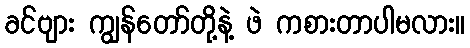
ခင်ဗျား ကျွန်တော်တို့နဲ့ ဖဲ ကစားတာပါမလား။